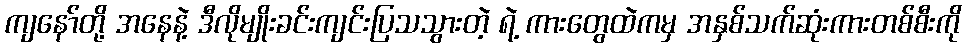
ကျနော်တို့ အနေနဲ့ ဒီလိုမျိုးခင်းကျင်းပြသသွားတဲ့ ရဲ့ ကားတွေထဲကမှ အနှစ်သက်ဆုံးကားတစ်စီးကို